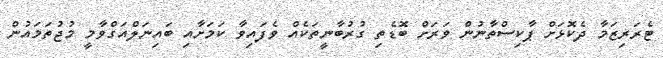
ޓެރަރިޒަމާ ދެކޮޅަށް ޕާކިސްތާނުން ވަރަށް ބޮޑެތި ގުރުބާނީތަކެއް ވެފައިވާ ކަމަށާއި ބައިނަލްއަގްވާމީ މުޖުތަމައުން